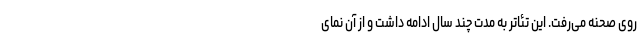
روی صحنه می‌رفت. این تئاتر به مدت چند سال ادامه داشت و از آن نمای